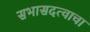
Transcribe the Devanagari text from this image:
सभासदत्वाचा